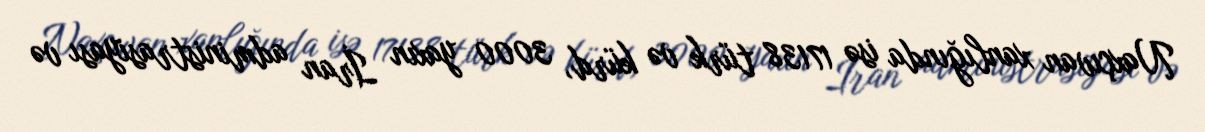
Naxçıvan xanlığında isə 17138 türk və kürd, 3000 yaxın İran administrasiyası və